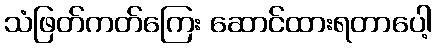
သံဖြတ်ကတ်ကြေး ဆောင်ထားရတာပေါ့